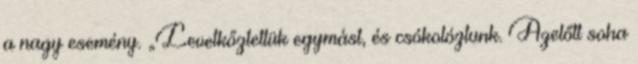
a nagy esemény. „Levetkőztettük egymást, és csókolóztunk. Azelőtt soha